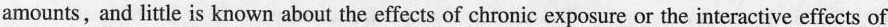
amounts,and little is known about the effects of chronic exposure or the interactive effects of